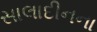
સાલાદીનના